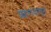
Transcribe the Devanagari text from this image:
शहरांपासुन